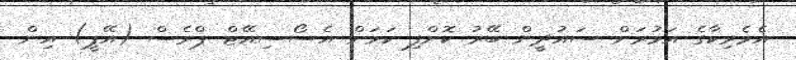
އެމެރިކާގެ އަމުރަށް ސައުދީން ބޭރު ކޮށްފި ކަމަށް އެސޯސިއޭޓް ޕްރެސް (އޭޕީ) އިން